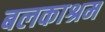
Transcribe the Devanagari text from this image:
बलकाश्रम